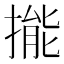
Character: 㨢